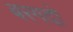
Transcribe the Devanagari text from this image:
बरगदो